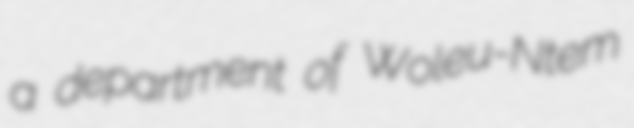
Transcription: a department of Woleu-Ntem